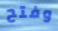
وفتح